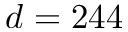
d = 2 4 4